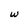
Character: w